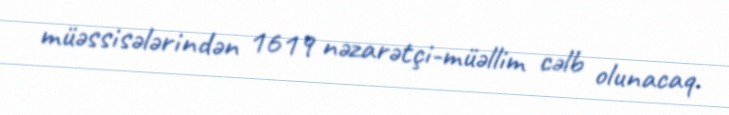
müəssisələrindən 1619 nəzarətçi-müəllim cəlb olunacaq.